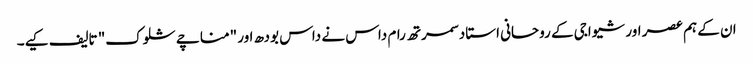
ان کے ہم عصر اور شیواجی کے روحانی استاد سمرتھ رام داس نے داس بودھ اور "مناچے شلوک" تالیف کیے۔